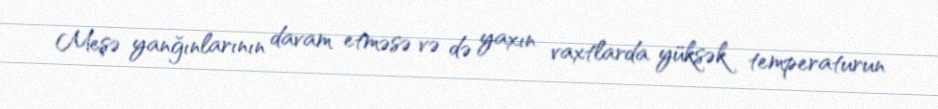
Meşə yanğınlarının davam etməsə və də yaxın vaxtlarda yüksək temperaturun